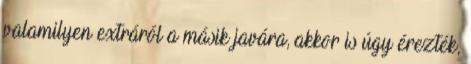
valamilyen extráról a másik javára, akkor is úgy érezték,